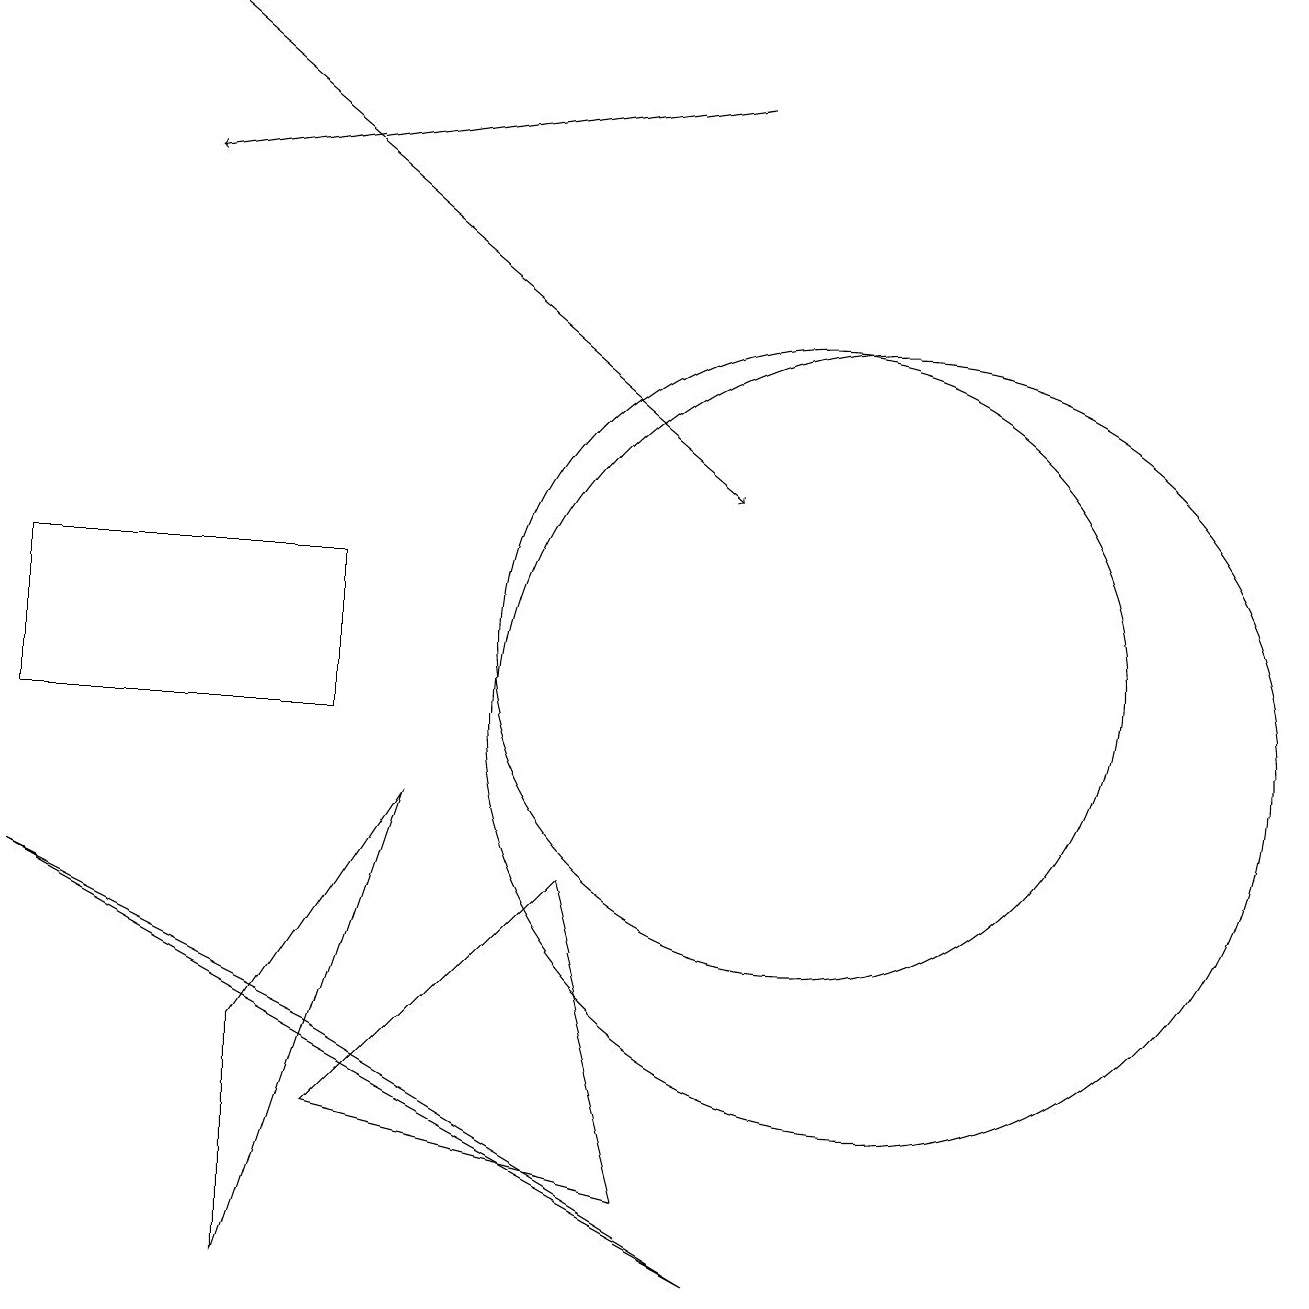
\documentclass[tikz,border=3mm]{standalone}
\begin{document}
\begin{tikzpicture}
\draw[->] (2,19) -- (9,13);
\draw[->] (9,18) -- (2,17);
\draw (7,8) -- (4,5) -- (8,4) -- cycle;
\draw (5,9) -- (3,6) -- (3,3) -- cycle;
\draw (0,10) rectangle (4,12);
\draw (10,11) circle (4);
\draw (11,10) circle (5);
\draw (0,8) -- (4,6) -- (9,3) -- cycle;
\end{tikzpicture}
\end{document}